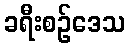
ခရီးစဉ်ဒေသ